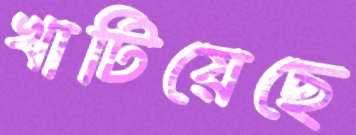
খাটিয়েছে